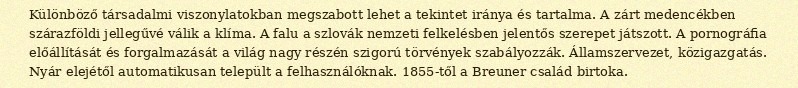
Különböző társadalmi viszonylatokban megszabott lehet a tekintet iránya és tartalma. A zárt medencékben szárazföldi jellegűvé válik a klíma. A falu a szlovák nemzeti felkelésben jelentős szerepet játszott. A pornográfia előállítását és forgalmazását a világ nagy részén szigorú törvények szabályozzák. Államszervezet, közigazgatás. Nyár elejétől automatikusan települt a felhasználóknak. 1855-től a Breuner család birtoka.